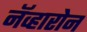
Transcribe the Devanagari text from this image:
नॅव्हारोन